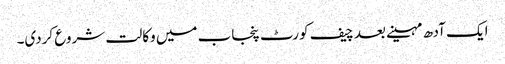
ایک آدھ مہینے بعد چیف کورٹ پنجاب میں وکالت شروع کردی۔